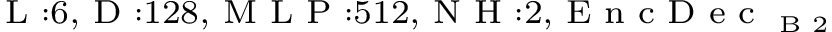
_ { \textrm { L } : 6 , \textrm { D } : 1 2 8 , \textrm { M L P } : 5 1 2 , \textrm { N H } : 2 , \textrm { E n c D e c } _ { \textrm { B } 2 } }